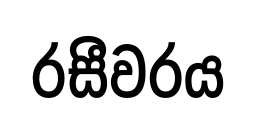
රසීවරය